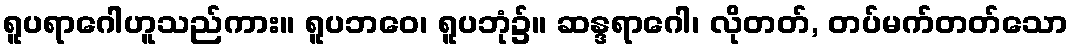
ရူပရာဂေါဟူသည်ကား။ ရူပဘဝေ၊ ရူပဘုံ၌။ ဆန္ဒရာဂေါ၊ လိုတတ်, တပ်မက်တတ်သော